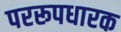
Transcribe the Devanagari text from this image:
पररूपधारक